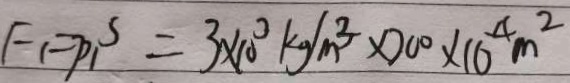
F _ { 1 } = p _ { 1 } ^ { s } = 3 \times 1 0 ^ { 3 } k g / m ^ { 3 } \times 2 0 0 \times 1 0 ^ { 4 } m ^ { 2 }